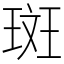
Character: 斑